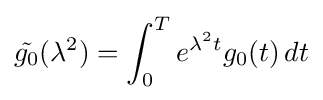
{\tilde {g_{0}}}(\lambda ^{2})=\int _{0}^{T}e^{\lambda ^{2}t}g_{0}(t)\,dt